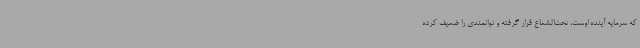
که سرمایه آینده اوست، تحت‌الشعاع قرار گرفته و توانمندی را ضعیف کرده